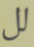
لل